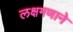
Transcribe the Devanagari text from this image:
लक्षमणाने